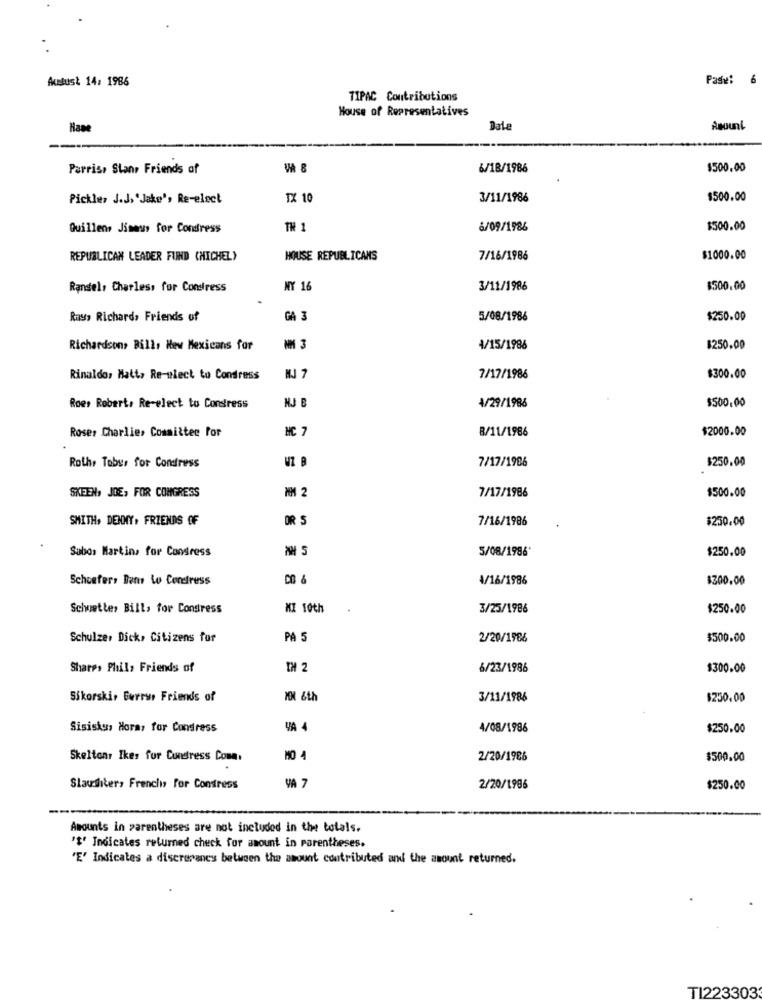
Akuslust 14: 1986
Pastv:
6
TIPAC Contributions
House of Representatives
Hase
Date
Amount
Parris, Stans Friends of
6/18/1986
$500.00
Pickles J.J. 'Jake', Re-elect
TX 10
3/11/1986
$500.00
Quillens Jines for Condress
TH 1
6/09/1986
$500.00
REPUBLICAN LEADER FUND CHICHEL)
HOUSE REPUBLICANS
7/16/1986
$1000.00
Randel, Charless for Constress
NY 16
3/11/1986
$500.00
Rays Richard, Friends of
GA 3
5/08/1986
$250.00
Richardson, Bill, New Mexicans for
MM 3
4/15/1986
$250.00
Rinaldo, Hatt, Re-niect to Condress
HJ 7
7/17/1986
$300.00
Roes Robert, Re-elect to Condress
NJ B
4/29/1986
$500.00
Roser Charlie, Committee for
MC 7
8/11/1986
$2000.00
7/17/1986
$250.00
Roth, Tobys for Condress
SKEEN, JOE, FOR CONGRESS
MM 2
7/17/1986
$500.00
SMITH, DENNY. FRIENDS OF
OR S
7/16/1986
$250.00
Sabor Martins for Congress
5/08/1986*
$250.00
Schoeters Bens Lo Condress
4/16/1986
$300.00
Schuette, Bill, for Congress
MI 10th
3/25/1986
$250.00
Schulze, Dick, Citizens for
PA 5
2/20/1986
$500.00
Shares Phil, Friends of
6/23/1986
$300.00
Sikorski, Burrus Friends of
101 &th
3/11/1986
$250,00
Sisisku, Horas for Condress
YA 4
4/08/1986
$250.00
Skeltony Ikes for Cundress Coma.
2/20/1986
$500.00
Slaughter, French, For Condress
VA 7
2/20/1996
$250.00
Amounts in parentheses are not included in the totals.
'$' Indicates returned check for amount in parentheses.
'E' Indicates a discrepanes between the amount contributed and the amount returned.
T1223303